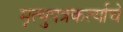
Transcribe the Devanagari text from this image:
मृत्युपत्रकर्त्याचे